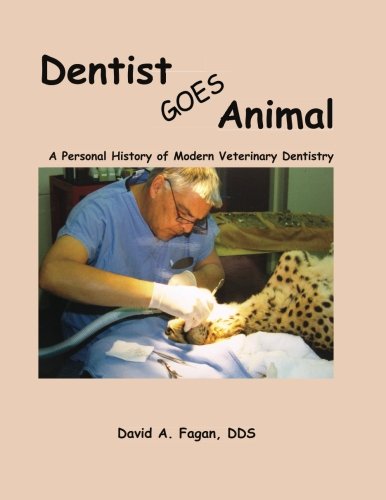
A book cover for Dentist Goes Animal: A Personal History of Modern Veterinary Dentistry; David A. Fagan DDS; Biographies & Memoirs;